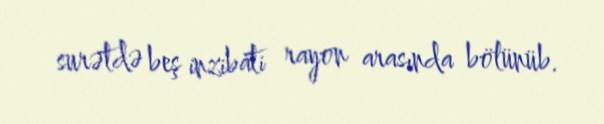
surətdə beş inzibati rayon arasında bölünüb.